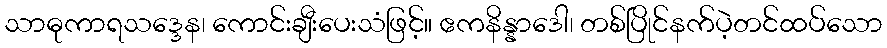
သာဓုကာရသဒ္ဒေန၊ ကောင်းချီးပေးသံဖြင့်။ ဧကနိန္နာဒေါ၊ တစ်ပြိုင်နက်ပဲ့တင်ထပ်သော